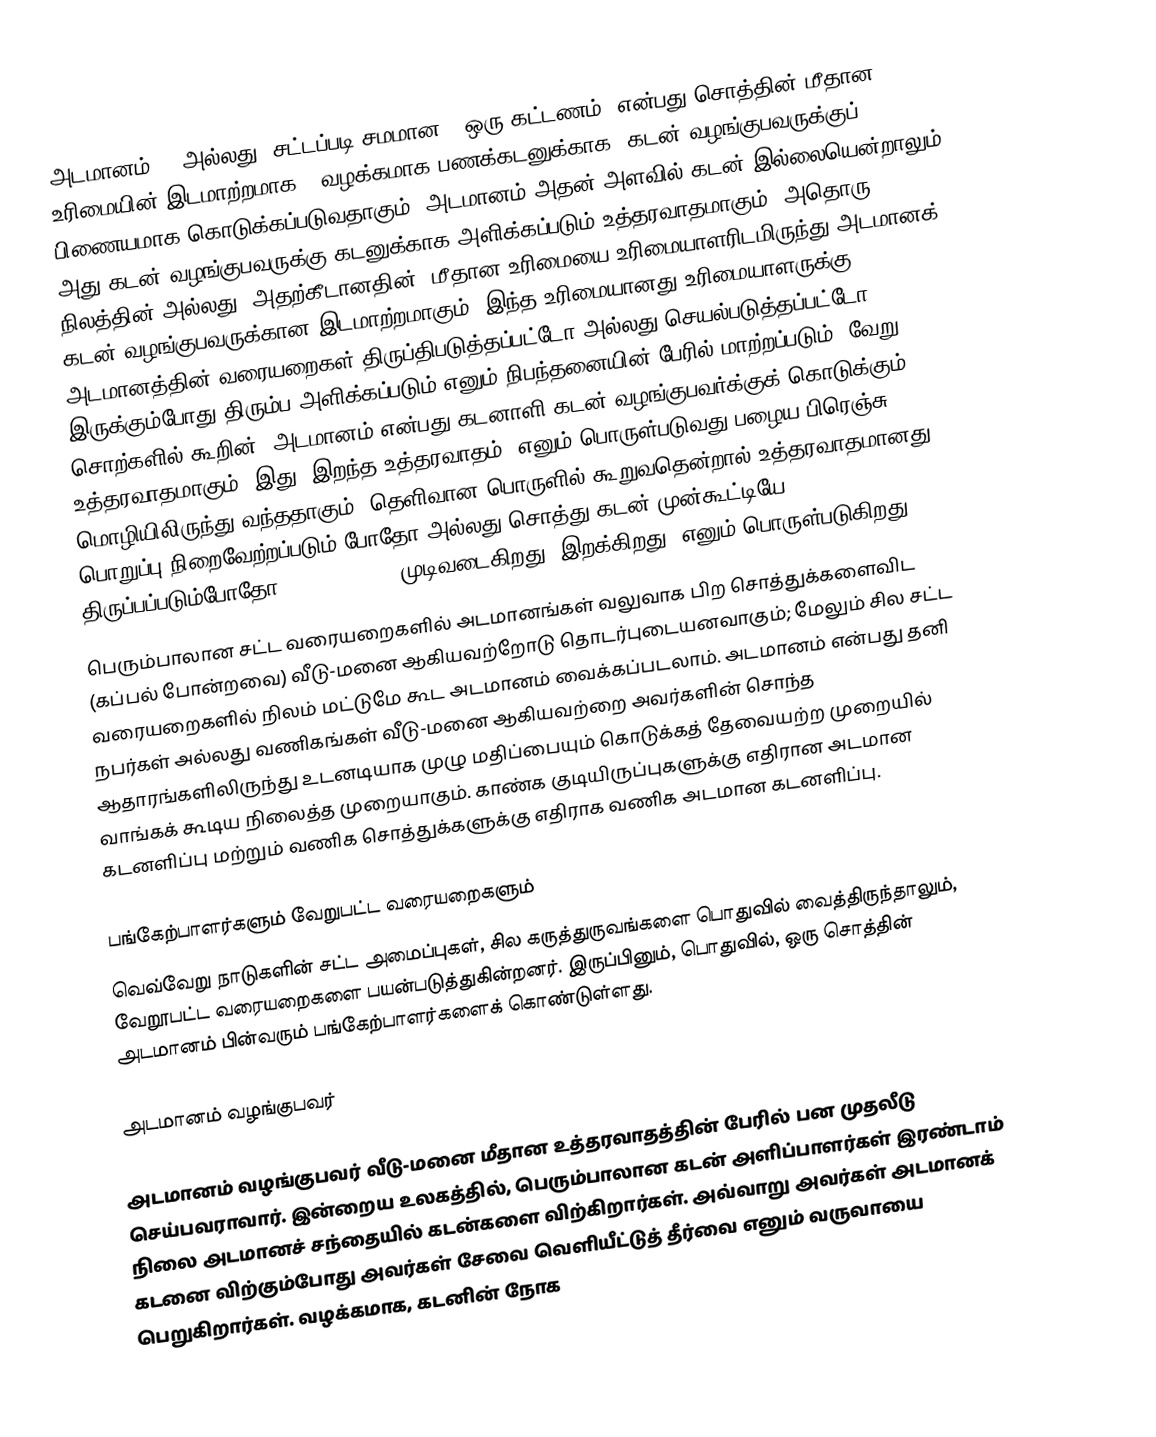
அடமானம் () அல்லது (சட்டப்படி சமமான - ஒரு கட்டணம்) என்பது சொத்தின் மீதான உரிமையின் இடமாற்றமாக - வழக்கமாக பணக்கடனுக்காக, கடன் வழங்குபவருக்குப் பிணையமாக கொடுக்கப்படுவதாகும். அடமானம் அதன் அளவில் கடன் இல்லையென்றாலும், அது கடன் வழங்குபவருக்கு கடனுக்காக அளிக்கப்படும் உத்தரவாதமாகும். அதொரு நிலத்தின் அல்லது (அதற்கீடானதின்) மீதான உரிமையை உரிமையாளரிடமிருந்து அடமானக் கடன் வழங்குபவருக்கான இடமாற்றமாகும். இந்த உரிமையானது உரிமையாளருக்கு அடமானத்தின் வரையறைகள் திருப்திபடுத்தப்பட்டோ அல்லது செயல்படுத்தப்பட்டோ இருக்கும்போது திரும்ப அளிக்கப்படும் எனும் நிபந்தனையின் பேரில் மாற்றப்படும். வேறு சொற்களில் கூறின், அடமானம் என்பது கடனாளி கடன் வழங்குபவர்க்குக் கொடுக்கும் உத்தரவாதமாகும். இது "இறந்த உத்தரவாதம்" எனும் பொருள்படுவது பழைய பிரெஞ்சு மொழியிலிருந்து வந்ததாகும். தெளிவான பொருளில் கூறுவதென்றால் உத்தரவாதமானது பொறுப்பு நிறைவேற்றப்படும் போதோ அல்லது சொத்து கடன் முன்கூட்டியே திருப்பப்படும்போதோ (foreclosure) முடிவடைகிறது (இறக்கிறது) எனும் பொருள்படுகிறது.
பெரும்பாலான சட்ட வரையறைகளில் அடமானங்கள் வலுவாக பிற சொத்துக்களைவிட (கப்பல் போன்றவை) வீடு-மனை ஆகியவற்றோடு தொடர்புடையனவாகும்; மேலும் சில சட்ட வரையறைகளில் நிலம் மட்டுமே கூட அடமானம் வைக்கப்படலாம். அடமானம் என்பது தனி நபர்கள் அல்லது வணிகங்கள் வீடு-மனை ஆகியவற்றை அவர்களின் சொந்த ஆதாரங்களிலிருந்து உடனடியாக முழு மதிப்பையும் கொடுக்கத் தேவையற்ற முறையில் வாங்கக் கூடிய நிலைத்த முறையாகும். காண்க குடியிருப்புகளுக்கு எதிரான அடமான கடனளிப்பு மற்றும் வணிக சொத்துக்களுக்கு எதிராக வணிக அடமான கடனளிப்பு.

பங்கேற்பாளர்களும் வேறுபட்ட வரையறைகளும்
வெவ்வேறு நாடுகளின் சட்ட அமைப்புகள், சில கருத்துருவங்களை பொதுவில் வைத்திருந்தாலும், வேறூபட்ட வரையறைகளை பயன்படுத்துகின்றனர். இருப்பினும், பொதுவில், ஒரு சொத்தின் அடமானம் பின்வரும் பங்கேற்பாளர்களைக் கொண்டுள்ளது.

அடமானம் வழங்குபவர்

அடமானம் வழங்குபவர் வீடு-மனை மீதான உத்தரவாதத்தின் பேரில் பன முதலீடு செய்பவராவார். இன்றைய உலகத்தில், பெரும்பாலான கடன் அளிப்பாளர்கள் இரண்டாம் நிலை அடமானச் சந்தையில் கடன்களை விற்கிறார்கள். அவ்வாறு அவர்கள் அடமானக் கடனை விற்கும்போது அவர்கள் சேவை வெளியீட்டுத் தீர்வை எனும் வருவாயை பெறுகிறார்கள். வழக்கமாக, கடனின் நோக